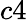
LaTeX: c4